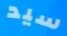
سيد